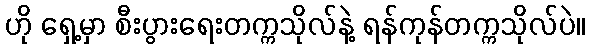
ဟို ရှေ့မှာ စီးပွားရေးတက္ကသိုလ်နဲ့ ရန်ကုန်တက္ကသိုလ်ပဲ။